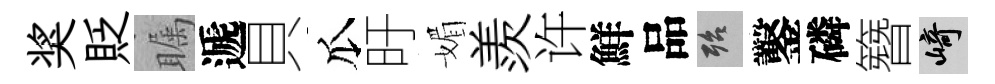
奖貶瞩遞貝瓜旴媚羨许鮮品殆鑿磷簪崎